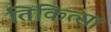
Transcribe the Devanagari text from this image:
तिकित्सा